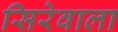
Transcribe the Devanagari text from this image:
सिरेवाला